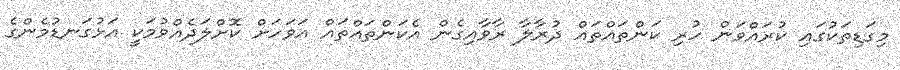
މިގަޑިތަކުގައި ކުރައްވަން ހުރި ކަންތައްތައް ދުރާލާ ރާވާއިގެން އެކަންތައްތައް އަވަހަށް ކޮށްލަދެއްވުމަކީ އަޅުގަނޑުމެންގެ